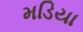
મડિયા